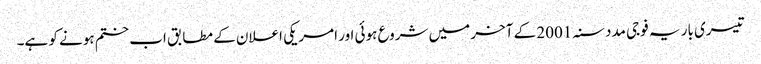
تیسری بار یہ فوجی مدد سنہ 2001 کے آخر میں شروع ہوئی اور امریکی اعلان کے مطابق اب ختم ہونے کو ہے۔